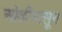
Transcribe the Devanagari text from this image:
ओळींपासून